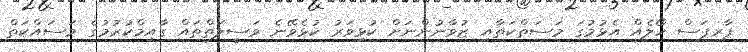
ޕާރޕަސް ހޯލެއް އެޅުމުގަ މަސަތްކަތާއި ޒުވާނުންނަށް ކުޅިވަރު ކުޅެވޭނެ ވަސީލަތްތައް ގާއިމްކުރުމުގެ މަސައްކަތް